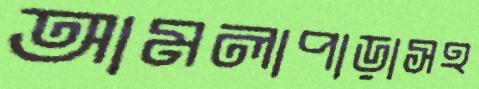
আমলাপাড়াসহ